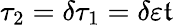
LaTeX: \tau_{2}=\delta\tau_{1}=\delta\varepsilon\mathfrak{t}